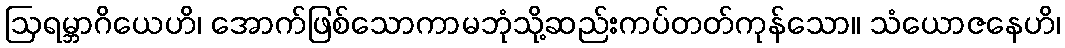
ဩရမ္ဘာဂိယေဟိ၊ အောက်ဖြစ်သောကာမဘုံသို့ဆည်းကပ်တတ်ကုန်သော။ သံယောဇနေဟိ၊